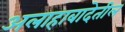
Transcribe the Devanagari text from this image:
अलाहाबादेतील